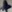
Text: +